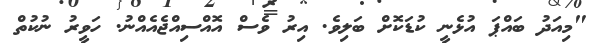
"މިއަދު ބައްޕަ އުޅެނީ ކުޑަކޮށް ބަލިވެ. އިރު ވެސް އޮއްސިއްޖެއެއްނު. ހަވީރު ނުކުތް